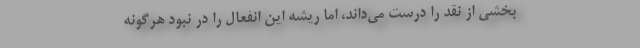
بخشی از نقد را درست می‌داند، اما ریشه این انفعال را در نبود هرگونه